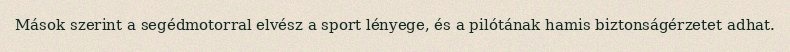
Mások szerint a segédmotorral elvész a sport lényege, és a pilótának hamis biztonságérzetet adhat.